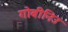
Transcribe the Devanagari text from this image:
गोबीनिउ